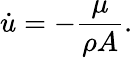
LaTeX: \dot{u}=-\frac{\mu}{\rho A}.